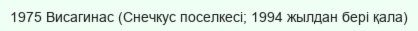
1975 Висагинас (Снечкус поселкесі; 1994 жылдан бері қала)